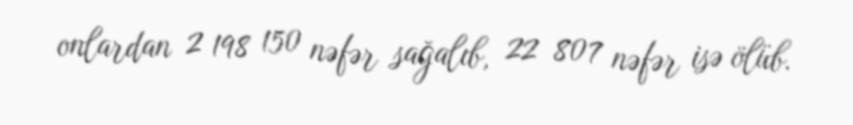
onlardan 2 198 150 nəfər sağalıb, 22 807 nəfər isə ölüb.